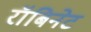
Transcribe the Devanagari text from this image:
रॉबिनेट